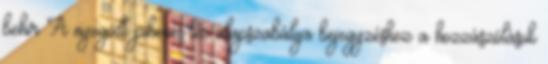
behir A nyugodt pihenés tíz alapszabálya bejegyzéshez a hozzászólások